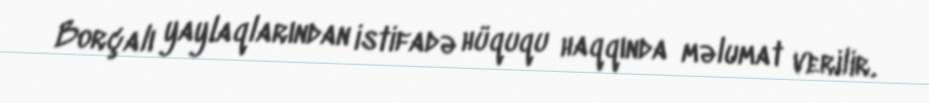
Borçalı yaylaqlarından istifadə hüququ haqqında məlumat verilir.